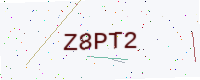
Text: Z8PT2